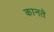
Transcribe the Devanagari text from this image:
कानते